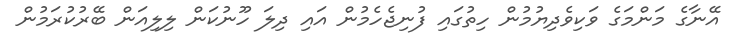
އޭނާގެ މަންމަގެ ވަކިވެދިޔުމުން ހިތުގައި ފުނިޖެހެމުން އައި ދިލަ ހޫނުކަން ލިލިއަން ބޭރުކުރަމުން